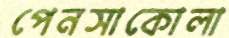
পেনসাকোলা